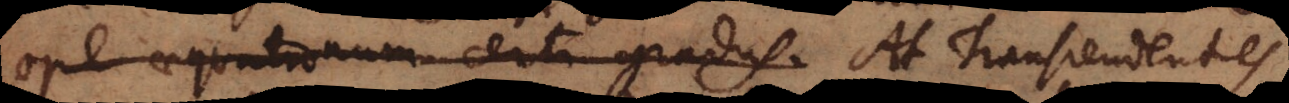
ope aequationum certi gradus. At Transcendentes